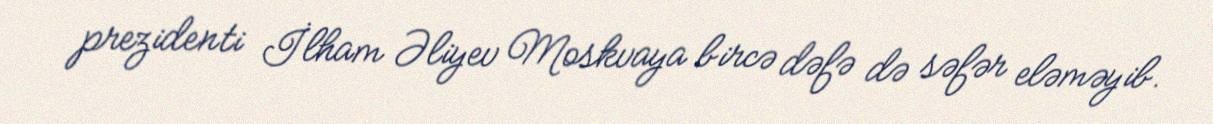
prezidenti İlham Əliyev Moskvaya bircə dəfə də səfər eləməyib.